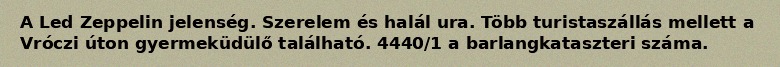
A Led Zeppelin jelenség. Szerelem és halál ura. Több turistaszállás mellett a Vróczi úton gyermeküdülő található. 4440/1 a barlangkataszteri száma.